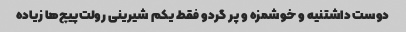
دوست داشتنیه و خوشمزه و پر گردو فقط یکم شیرینی رولت‌پیچ‌ها زیاده